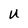
Character: U